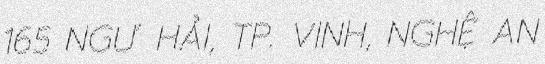
165 NGƯ HẢI, TP. VINH, NGHỆ AN